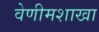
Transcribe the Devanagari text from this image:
वेणीमशाखा